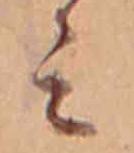
ミ